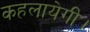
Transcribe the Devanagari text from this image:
कहलायेगी।